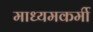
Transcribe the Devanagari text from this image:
माध्यमकर्मी